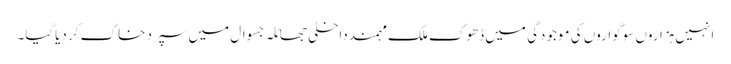
انہیں ہزاروں سوگواروں کی موجودگی میں ڈھوک ملک مہمند داخلی جھاٹلہ جسوال میں سپرد خاک کر دیاگیا۔